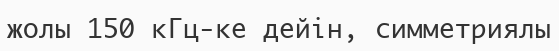
жолы 150 кГц-ке дейін, симметриялы